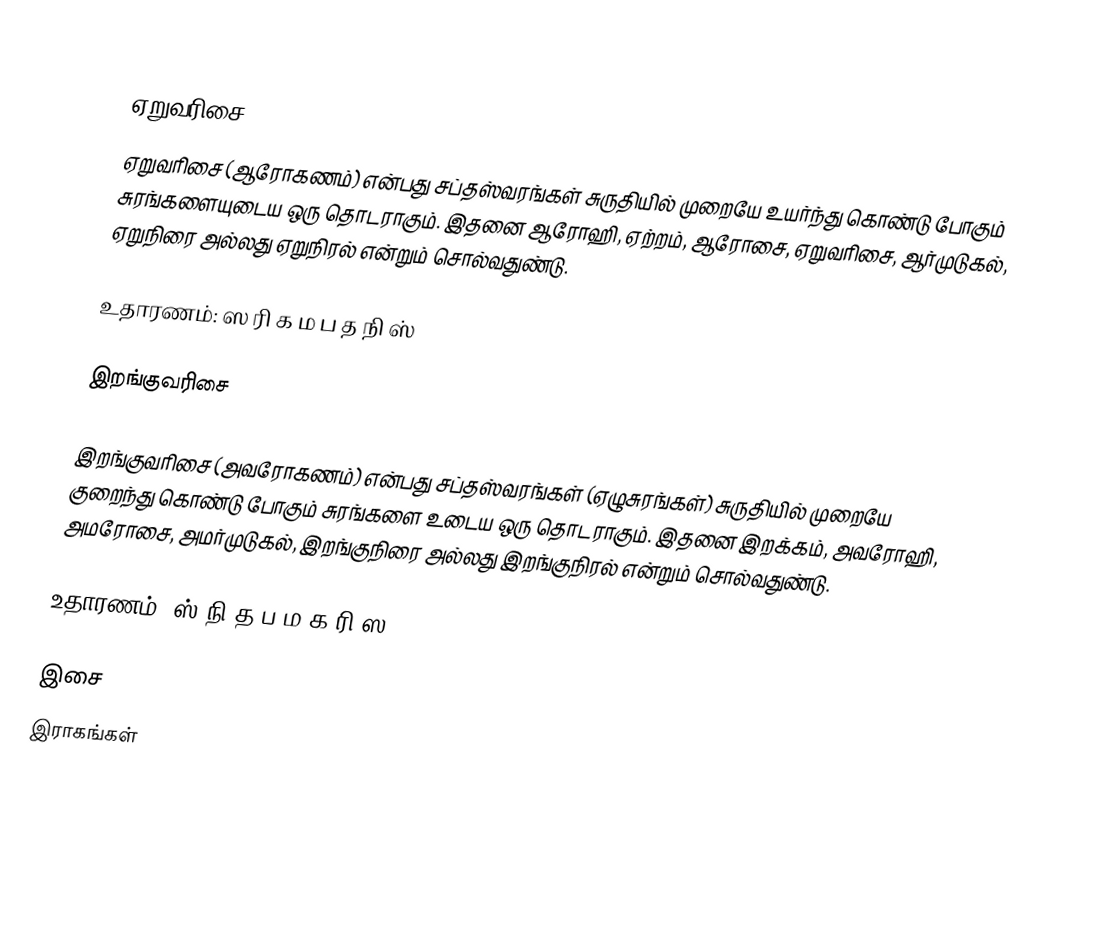

ஏறுவரிசை
ஏறுவரிசை (ஆரோகணம்) என்பது சப்தஸ்வரங்கள் சுருதியில் முறையே உயர்ந்து கொண்டு போகும் சுரங்களையுடைய ஒரு தொடராகும். இதனை ஆரோஹி, ஏற்றம், ஆரோசை, ஏறுவரிசை, ஆர்முடுகல், ஏறுநிரை அல்லது ஏறுநிரல் என்றும் சொல்வதுண்டு.

உதாரணம்: ஸ ரி க ம ப த நி ஸ்

இறங்குவரிசை

இறங்குவரிசை (அவரோகணம்) என்பது சப்தஸ்வரங்கள் (ஏழுசுரங்கள்) சுருதியில் முறையே குறைந்து கொண்டு போகும் சுரங்களை உடைய ஒரு தொடராகும். இதனை இறக்கம், அவரோஹி, அமரோசை, அமர்முடுகல், இறங்குநிரை அல்லது இறங்குநிரல் என்றும் சொல்வதுண்டு.

உதாரணம்: ஸ் நி த ப ம க ரி ஸ

இசை
இராகங்கள்